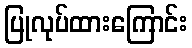
ပြုလုပ်ထားကြောင်း